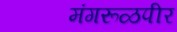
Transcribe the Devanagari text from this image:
मंगरूळपीर